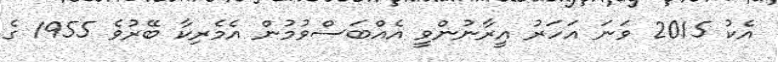
އެކު 2015 ވަނަ އަހަރު އީރާނުންވީ އެއްބަސްވުމުން އެމެރިކާ ބޭރުވެ 1955 ގެ